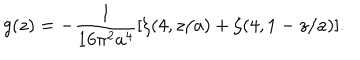
g ( z ) = - \frac { 1 } { 1 6 \pi ^ { 2 } a ^ { 4 } } [ \zeta ( 4 , z / a ) + \zeta ( 4 , 1 - z / a ) ] .